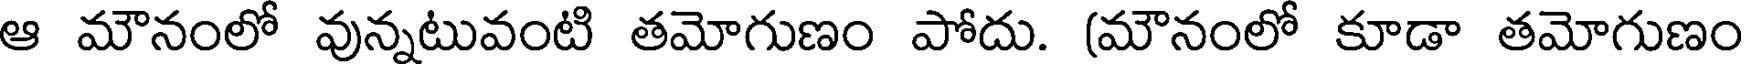
ఆ మౌనంలో వున్నటువంటి తమోగుణం పోదు. (మౌనంలో కూడా తమోగుణం